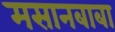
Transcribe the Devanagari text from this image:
मसानबाबा